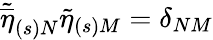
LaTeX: \widetilde{\overline{{{\eta}}}}_{(s)N}\widetilde{\eta}_{(s)M}=\delta_{NM}